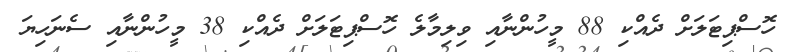
ހޮސްޕިޓަލަށް ދެއްކި 88 މީހުންނާއި ވިލިމާލެ ހޮސްޕިޓަލަށް ދެއްކި 38 މީހުންނާއި ސެނަހިޔަ